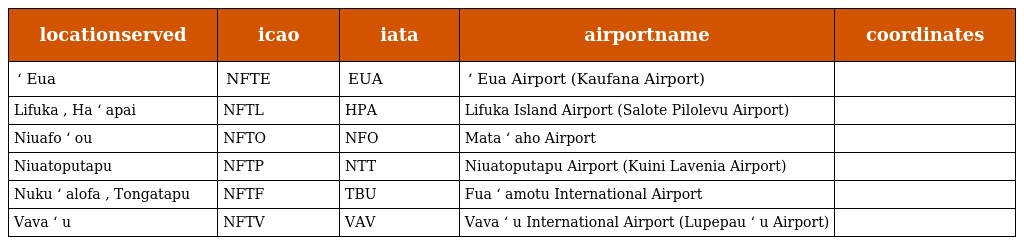
| locationserved | icao | iata | airportname | coordinates |
 | --- | --- | --- | --- | --- |
 | ʻ Eua | NFTE | EUA | ʻ Eua Airport (Kaufana Airport) |  |
 | Lifuka , Ha ʻ apai | NFTL | HPA | Lifuka Island Airport (Salote Pilolevu Airport) |  |
 | Niuafo ʻ ou | NFTO | NFO | Mata ʻ aho Airport |  |
 | Niuatoputapu | NFTP | NTT | Niuatoputapu Airport (Kuini Lavenia Airport) |  |
 | Nuku ʻ alofa , Tongatapu | NFTF | TBU | Fua ʻ amotu International Airport |  |
 | Vava ʻ u | NFTV | VAV | Vava ʻ u International Airport (Lupepau ʻ u Airport) |  |